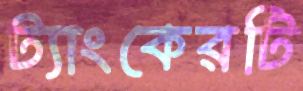
ট্যাংকেরটি